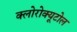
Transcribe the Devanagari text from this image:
क्लोरोक्यूटोल